Civil Veterinary Dept. North-West Frontier Province 1933-46 - 1933-1946
Year: 1933
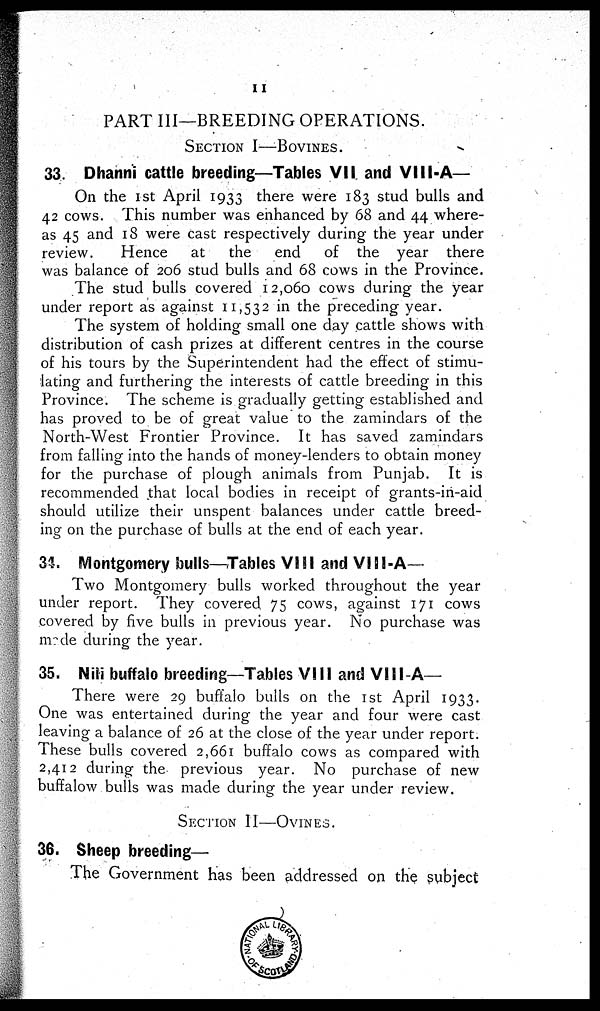
12
PART III—BREEDING OPERATIONS.
SECTION I—BOVINES.
33. Dhanni cattle breeding—Tables VII and Vlll-A—
On the 1st April 1933 there were 183 stud bulls and
42 cows. This number was enhanced by 68 and 44 where-
as 45 and 18 were cast respectively during the year under
review.
Hence
at
the end
of the year there
was balance of 206 stud bulls and 68 cows in the Province.
The stud bulls covered 12,060 cows during the year
under report as against 11,532 in the preceding year.
The system of holding small one day cattle shows with
distribution of cash prizes at different centres in the course
of his tours by the Superintendent had the effect of stimu-
lating and furthering the interests of cattle breeding in this
Province. The scheme is gradually getting established and
has proved to be of great value to the zamindars of the
North-West Frontier Province. It has saved zamindars
from falling into the hands of money-lenders to obtain money
for the purchase of plough animals from Punjab. It is
recommended that local bodies in receipt of grants-in-aid
should utilize their unspent balances under cattle breed-
ing on the purchase of bulls at the end of each year.
34. Montgomery bulls—Tables VIII and Vlll-A—
Two Montgomery bulls worked throughout the year
under report. They covered 75 cows, against 171 cows
covered by five bulls in previous year. No purchase was
made during the year.
35. Nili buffalo breeding—Tables VIII and Vlll-A—
There were 29 buffalo bulls on the 1st April 1933.
One was entertained during the year and four were cast
leaving a balance of 26 at the close of the year under report.
These bulls covered 2,661 buffalo cows as compared with
2,412 during the previous year. No purchase of new
buffalow bulls was made during the year under review.
SECTION II—OVINES.
36. Sheep breeding—
The Government has been addressed on the subject